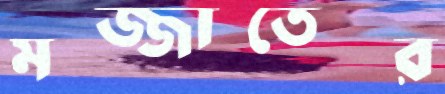
মজ্জাতের